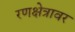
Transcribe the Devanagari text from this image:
रणक्षेत्रावर